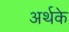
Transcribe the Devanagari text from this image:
अर्थके